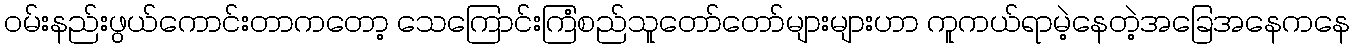
ဝမ်းနည်းဖွယ်ကောင်းတာကတော့ သေကြောင်းကြံစည်သူတော်တော်များများဟာ ကူကယ်ရာမဲ့နေတဲ့အခြေအနေကနေ